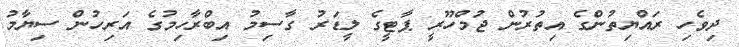
ދިވެހި ރައްޔިތުންގެ އިތުރުން ޖުމްހޫރީ ޕާޓީގެ ލީޑަރު ގާސިމު އިބްރާހިމުގެ އަރިހުން ސިޔާމު